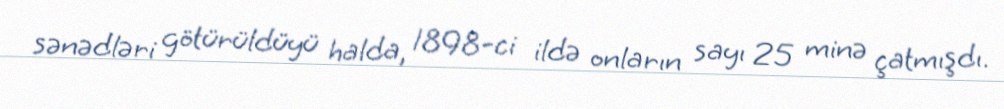
sənədləri götürüldüyü halda, 1898-ci ildə onların sayı 25 minə çatmışdı.